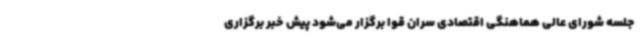
جلسه شورای عالی هماهنگی اقتصادی سران قوا برگزار می‌شود پیش خبر برگزاری